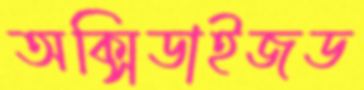
অক্সিডাইজড